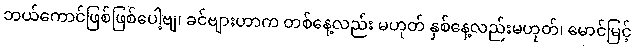
ဘယ်ကောင်ဖြစ်ဖြစ်ပေါ့ဗျ၊ ခင်ဗျားဟာက တစ်နေ့လည်း မဟုတ် နှစ်နေ့လည်းမဟုတ်၊ မောင်မြင့်